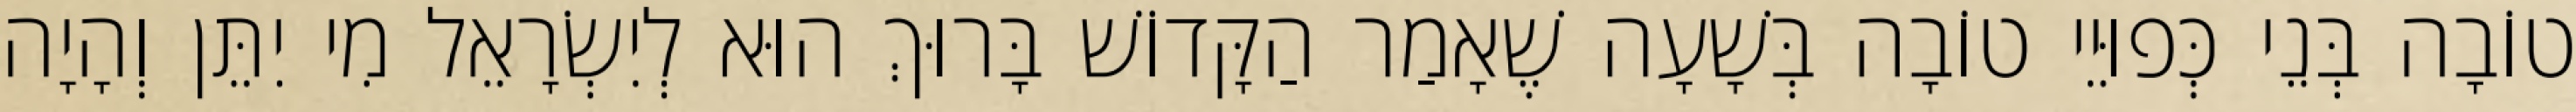
טוֹבָה בְּנֵי כְּפוּיֵי טוֹבָה בְּשָׁעָה שֶׁאָמַר הַקָּדוֹשׁ בָּרוּךְ הוּא לְיִשְׂרָאֵל מִי יִתֵּן וְהָיָה